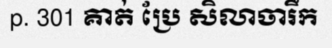
p. 301 គាត់ ប្រែ សិលាចារឹក